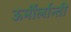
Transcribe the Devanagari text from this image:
ऊर्मीर्लान्ती